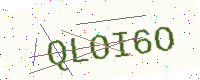
Text: QLOI6O